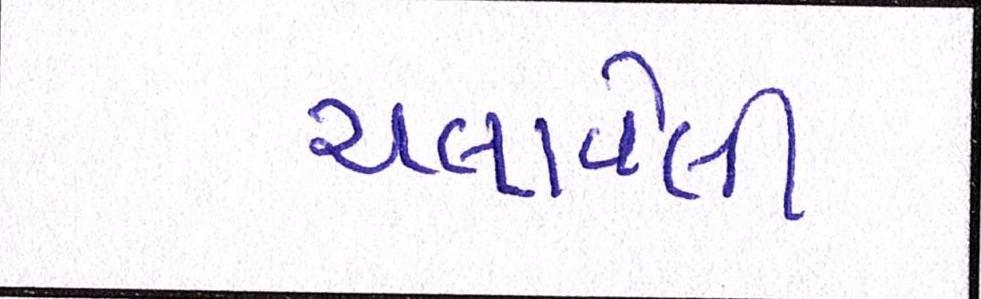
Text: ચલાવેલી